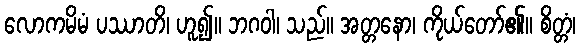
လောကမိမံ ပဿာတိ၊ ဟူ၍။ ဘဂဝါ၊ သည်။ အတ္တနော၊ ကိုယ်တော်၏။ စိတ္တံ၊